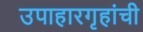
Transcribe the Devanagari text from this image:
उपाहारगृहांची